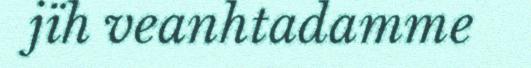
jïh veanhtadamme